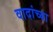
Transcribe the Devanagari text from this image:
वादांच्या